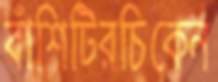
বাঁশিটিরচিকেন